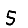
Digit: 5